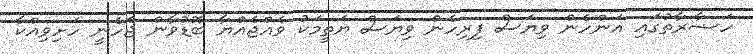
ހަޟާރާތުގައި އަންހެން ވިޔަސް ފިރިހެން ވިޔަސް ޔަތީމަކު ވެއްޖެއްޔާ ބޮޑުވާން ޖެހެނީ ހަށިވިއްކާ